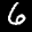
Label: 6